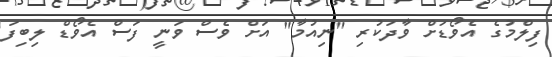
ފިލްމުގެ އެވޯޑަށް ވާދަކުރި "ނިއުމާ" އަށް ވެސް ވަނީ ފަސް އެވޯޑް ލިބިފަ